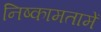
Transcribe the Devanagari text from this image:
निष्कामतामें